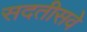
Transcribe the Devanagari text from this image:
सदतीसवे